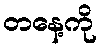
တနေ့ကို